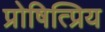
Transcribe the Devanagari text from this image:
प्रोषित्प्रिय